Protection of India from yellow fever
Disease focus: Fever
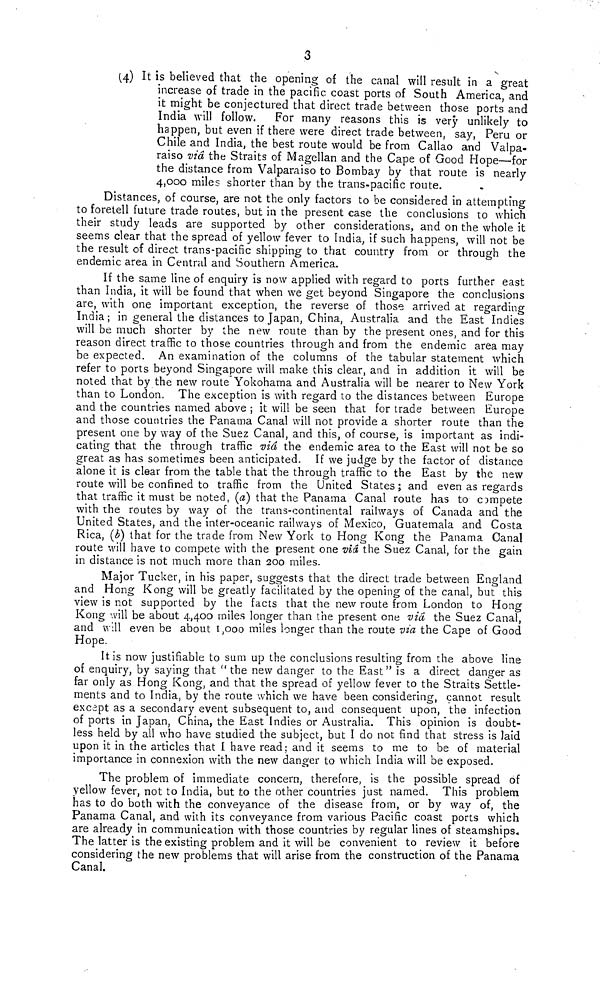
3
(4) It is believed that the opening of the canal will result in a great
increase of trade in the pacific coast ports of South America, and
it might be conjectured that direct trade between those ports and
India will follow. For many reasons this is very unlikely to
happen, but even if there were direct trade between, say, Peru or
Chile and India, the best route would be from Callao and Valpa-
raiso via the Straits of Magellan and the Cape of Good Hope—for
the distance from Valparaiso to Bombay by that route is nearly
4,000 miles shorter than by the trans-pacific route.
Distances, of course, are not the only factors to be considered in attempting
to foretell future trade routes, but in the present case the conclusions to which
their study leads are supported by other considerations, and on the whole it
seems clear that the spread of yellow fever to India, if such happens, will not be
the result of direct trans-pacific shipping to that country from or through the
endemic area in Central and Southern America.
If the same line of enquiry is now applied with regard to ports further east
than India, it will be found that when we get beyond Singapore the conclusions
are, with one important exception, the reverse of those arrived at regarding
India; in general the distances to Japan, China, Australia and the East Indies
will be much shorter by the new route than by the present ones, and for this
reason direct traffic to those countries through and from the endemic area may
be expected. An examination of the columns of the tabular statement which
refer to ports beyond Singapore will make this clear, and in addition it will be
noted that by the new route Yokohama and Australia will be nearer to New York
than to London. The exception is with regard to the distances between Europe
and the countries named above ; it will be seen that for trade between Europe
and those countries the Panama Canal will not provide a shorter route than the
present one by way of the Suez Canal, and this, of course, is important as indi-
cating that the through traffic viá the endemic area to the East will not be so
great as has sometimes been anticipated. If we judge by the factor of distance
alone it is clear from the table that the through traffic to the East by the new
route will be confined to traffic from the United States ; and even as regards
that traffic it must be noted, (a) that the Panama Canal route has to compete
with the routes by way of the trans-continental railways of Canada and the
United States, and the inter-oceanic railways of Mexico, Guatemala and Costa
Rica, (b) that for the trade from New York to Hong Kong the Panama Canal
route will have to compete with the present one viá the Suez Canal, for the gain
in distance is not much more than 200 miles.
Major Tucker, in his paper, suggests that the direct trade between England
and Hong Kong will be greatly facilitated by the opening of the canal, but this
view is not supported by the facts that the new route from London to Hong
Kong will be about 4,400 miles longer than the present one via the Suez Canal,
and will even be about 1,000 miles longer than the route via the Cape of Good
Hope.
It is now justifiable to sum up the conclusions resulting from the above line
of enquiry, by saying that " the new danger to the East" is a direct danger as
far only as Hong Kong, and that the spread of yellow fever to the Straits Settle-
ments and to India, by the route which we have been considering, cannot result
except as a secondary event subsequent to, and consequent upon, the infection
of ports in Japan, China, the East Indies or Australia. This opinion is doubt-
less held by all who have studied the subject, but I do not find that stress is laid
upon it in the articles that I have read; and it seems to me to be of material
importance in connexion with the new danger to which India will be exposed.
The problem of immediate concern, therefore, is the possible spread of
yellow fever, not to India, but to the other countries just named. This problem
has to do both with the conveyance of the disease from, or by way of, the
Panama Canal, and with its conveyance from various Pacific coast ports which
are already in communication with those countries by regular lines of steamships
The latter is the existing problem and it will be convenient to review it before
considering the new problems that will arise from the construction of the Panama
Canal.